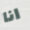
انا